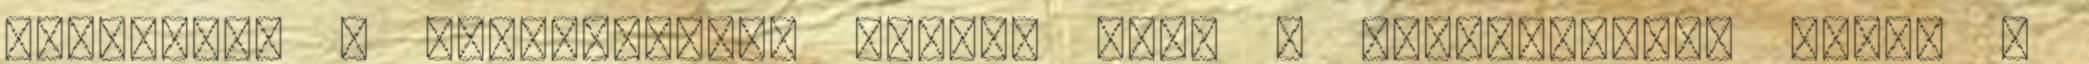
nagyszülő a leggyakoribb opció, amit a táboroztatás követ –